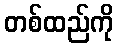
တစ်ထည်ကို